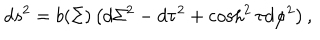
LaTeX: d s ^ { 2 } = b ( \Sigma ) \left( d \Sigma ^ { 2 } - d \tau ^ { 2 } + \cosh ^ { 2 } \tau d \varphi ^ { 2 } \right) ,